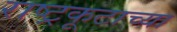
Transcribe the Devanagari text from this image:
राष्ट्रकूटाच्या